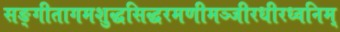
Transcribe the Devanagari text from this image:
सङ्गीतागमशुद्धसिद्धरमणीमञ्जीरधीरध्वनिम्